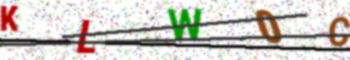
Text: KLW0C